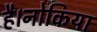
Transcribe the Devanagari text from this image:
है।नोकिया